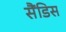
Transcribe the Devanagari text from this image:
सैंडिस